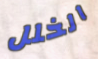
الخلل